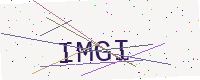
Text: IMGI